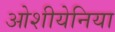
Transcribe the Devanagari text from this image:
ओशीयेनिया